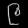
Digit: ၉